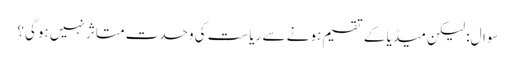
سوال: لیکن میڈیا کے تقسیم ہونے سے ریاست کی وحدت متاثر نہیں ہوگی؟